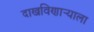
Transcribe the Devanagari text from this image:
दाखविणार्‍याला